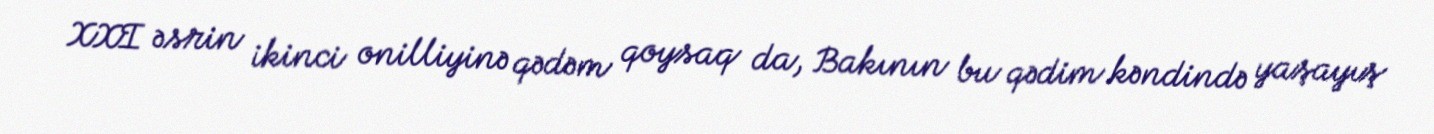
XXI əsrin ikinci onilliyinə qədəm qoysaq da, Bakının bu qədim kəndində yaşayış